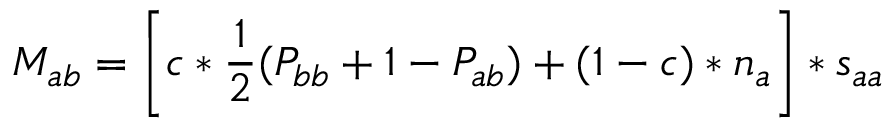
M _ { a b } = \left[ c * \frac { 1 } { 2 } ( P _ { b b } + 1 - P _ { a b } ) + ( 1 - c ) * n _ { a } \right] * s _ { a a }